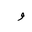
Letter: _waw